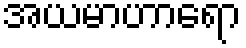
အယမာဟာရော